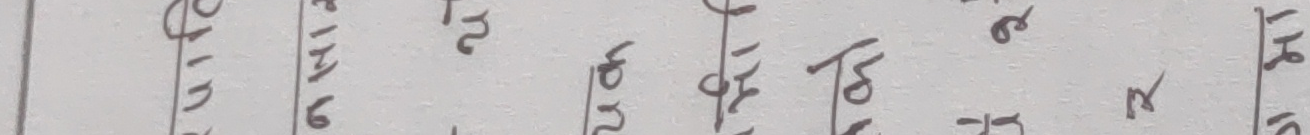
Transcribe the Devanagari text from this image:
२०१५ वि.सं. भाद्र २५ गते सोमवार ३ बजे